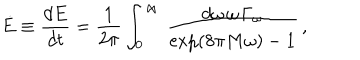
LaTeX: \dot { E } \equiv { \frac { d E } { d t } } = { \frac { 1 } { 2 \pi } } \int _ { 0 } ^ { \infty } \, { \frac { d \omega \, \omega \, \Gamma _ { \omega } } { \exp ( 8 \pi M \omega ) - 1 } } \, ,